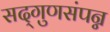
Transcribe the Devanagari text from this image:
सद्‌गुणसंपन्न